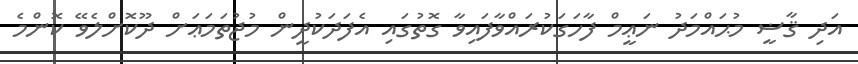
އަދި ޤާޟީ މުޙައްމަދު ނަޢީމް ފާހަގަކުރައްވާފައިވާ ގޮތުގައި އެފަދަކުދީން މުޖުތަމަޢަށް ދޫކޮށްލެވޭ ކޮންމެ